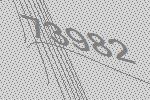
73982